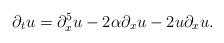
LaTeX: \begin{align*}\partial_{t}u=\partial_{x}^{5}u-2\alpha\partial_{x}u-2u\partial_{x}u.\end{align*}